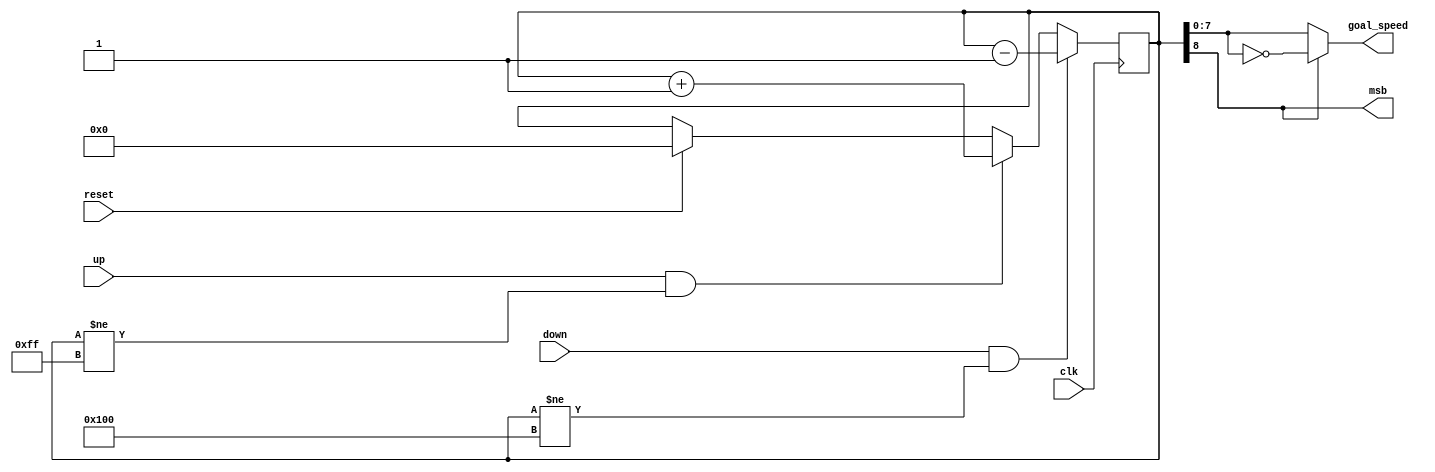
module goal_counter(clk, up, down, reset, msb, goal_speed);
	input clk, up, down, reset;
	output msb;
	output reg [7:0] goal_speed;
	
	reg [8:0] counter;
	assign msb = counter[8]; // The MSB dictates the direction
	
	// Determine the goal speed based on the counter
	always
		begin
			if (msb) goal_speed = ~counter[7:0]; // If the MSB is 1, the bits must be inverted
			else goal_speed = counter[7:0];      // Else, the bits already have the goal speed
		end
	
	// Set the initial value for the counter
	initial counter = 'b000000000;
	
	// Counts up or down depending on input, but does not overflow
	always @(posedge clk) // A clock is used so that the button can be held
		begin
			if (reset) counter <= 0;
			if (up & counter != 'b011111111) counter <= counter + 1;
			if (down & counter != 'b100000000) counter <= counter - 1;
		end

endmodule